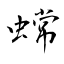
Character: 蟐